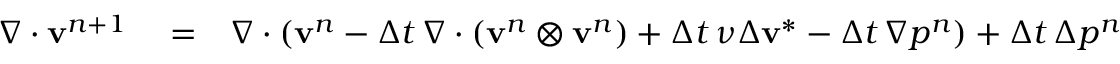
\begin{array} { r l r } { \nabla \cdot \mathbf { v } ^ { n + 1 } } & { { } = } & { \nabla \cdot \left( \mathbf { v } ^ { n } - { \Delta t } \, \nabla \cdot ( \mathbf { v } ^ { n } \otimes \mathbf { v } ^ { n } ) + { \Delta t } \, \nu \Delta \mathbf { v } ^ { * } - { \Delta t } \, \nabla p ^ { n } \right) + { \Delta t } \, \Delta p ^ { n } - { \Delta t } \, \Delta p ^ { n + 1 } , } \end{array}